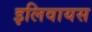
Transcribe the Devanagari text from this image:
इलिवायस